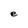
Character: e